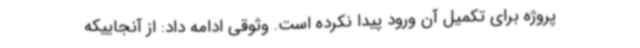
پروژه برای تکمیل آن ورود پیدا نکرده است. وثوقی ادامه داد: از آنجاییکه